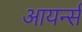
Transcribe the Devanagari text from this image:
आयर्न्स